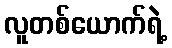
လူတစ်ယောက်ရဲ့